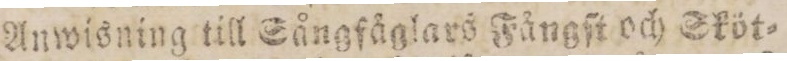
Anwisning till Sångfåglars Fångſt och Sköt-